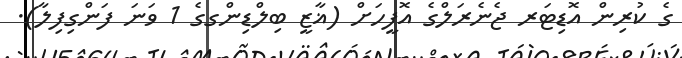
ގެ ކުރިން އޮޑިޓަރ ޖެނެރަލްގެ އޮފީހަށް (ޣާޒީ ބިލްޑިންގގެ 1 ވަނަ ފަންގިފިލާ).